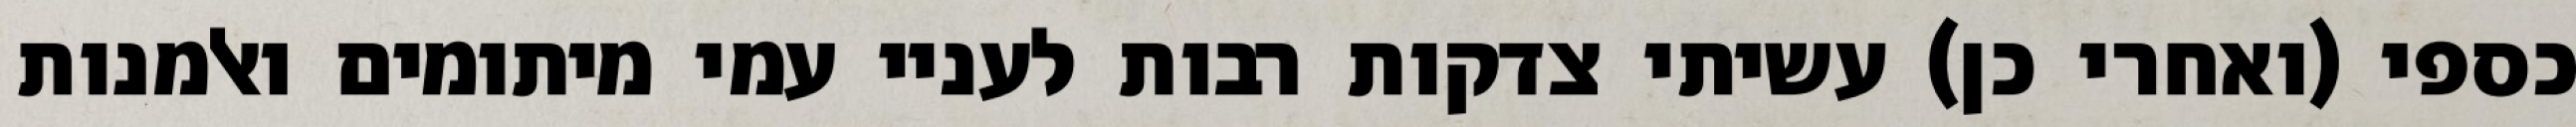
כספי (ואחרי כן) עשיתי צדקות רבות לעניי עמי מיתומים ואלמנות